Leningradi_Edasi_toimetus, lk 55
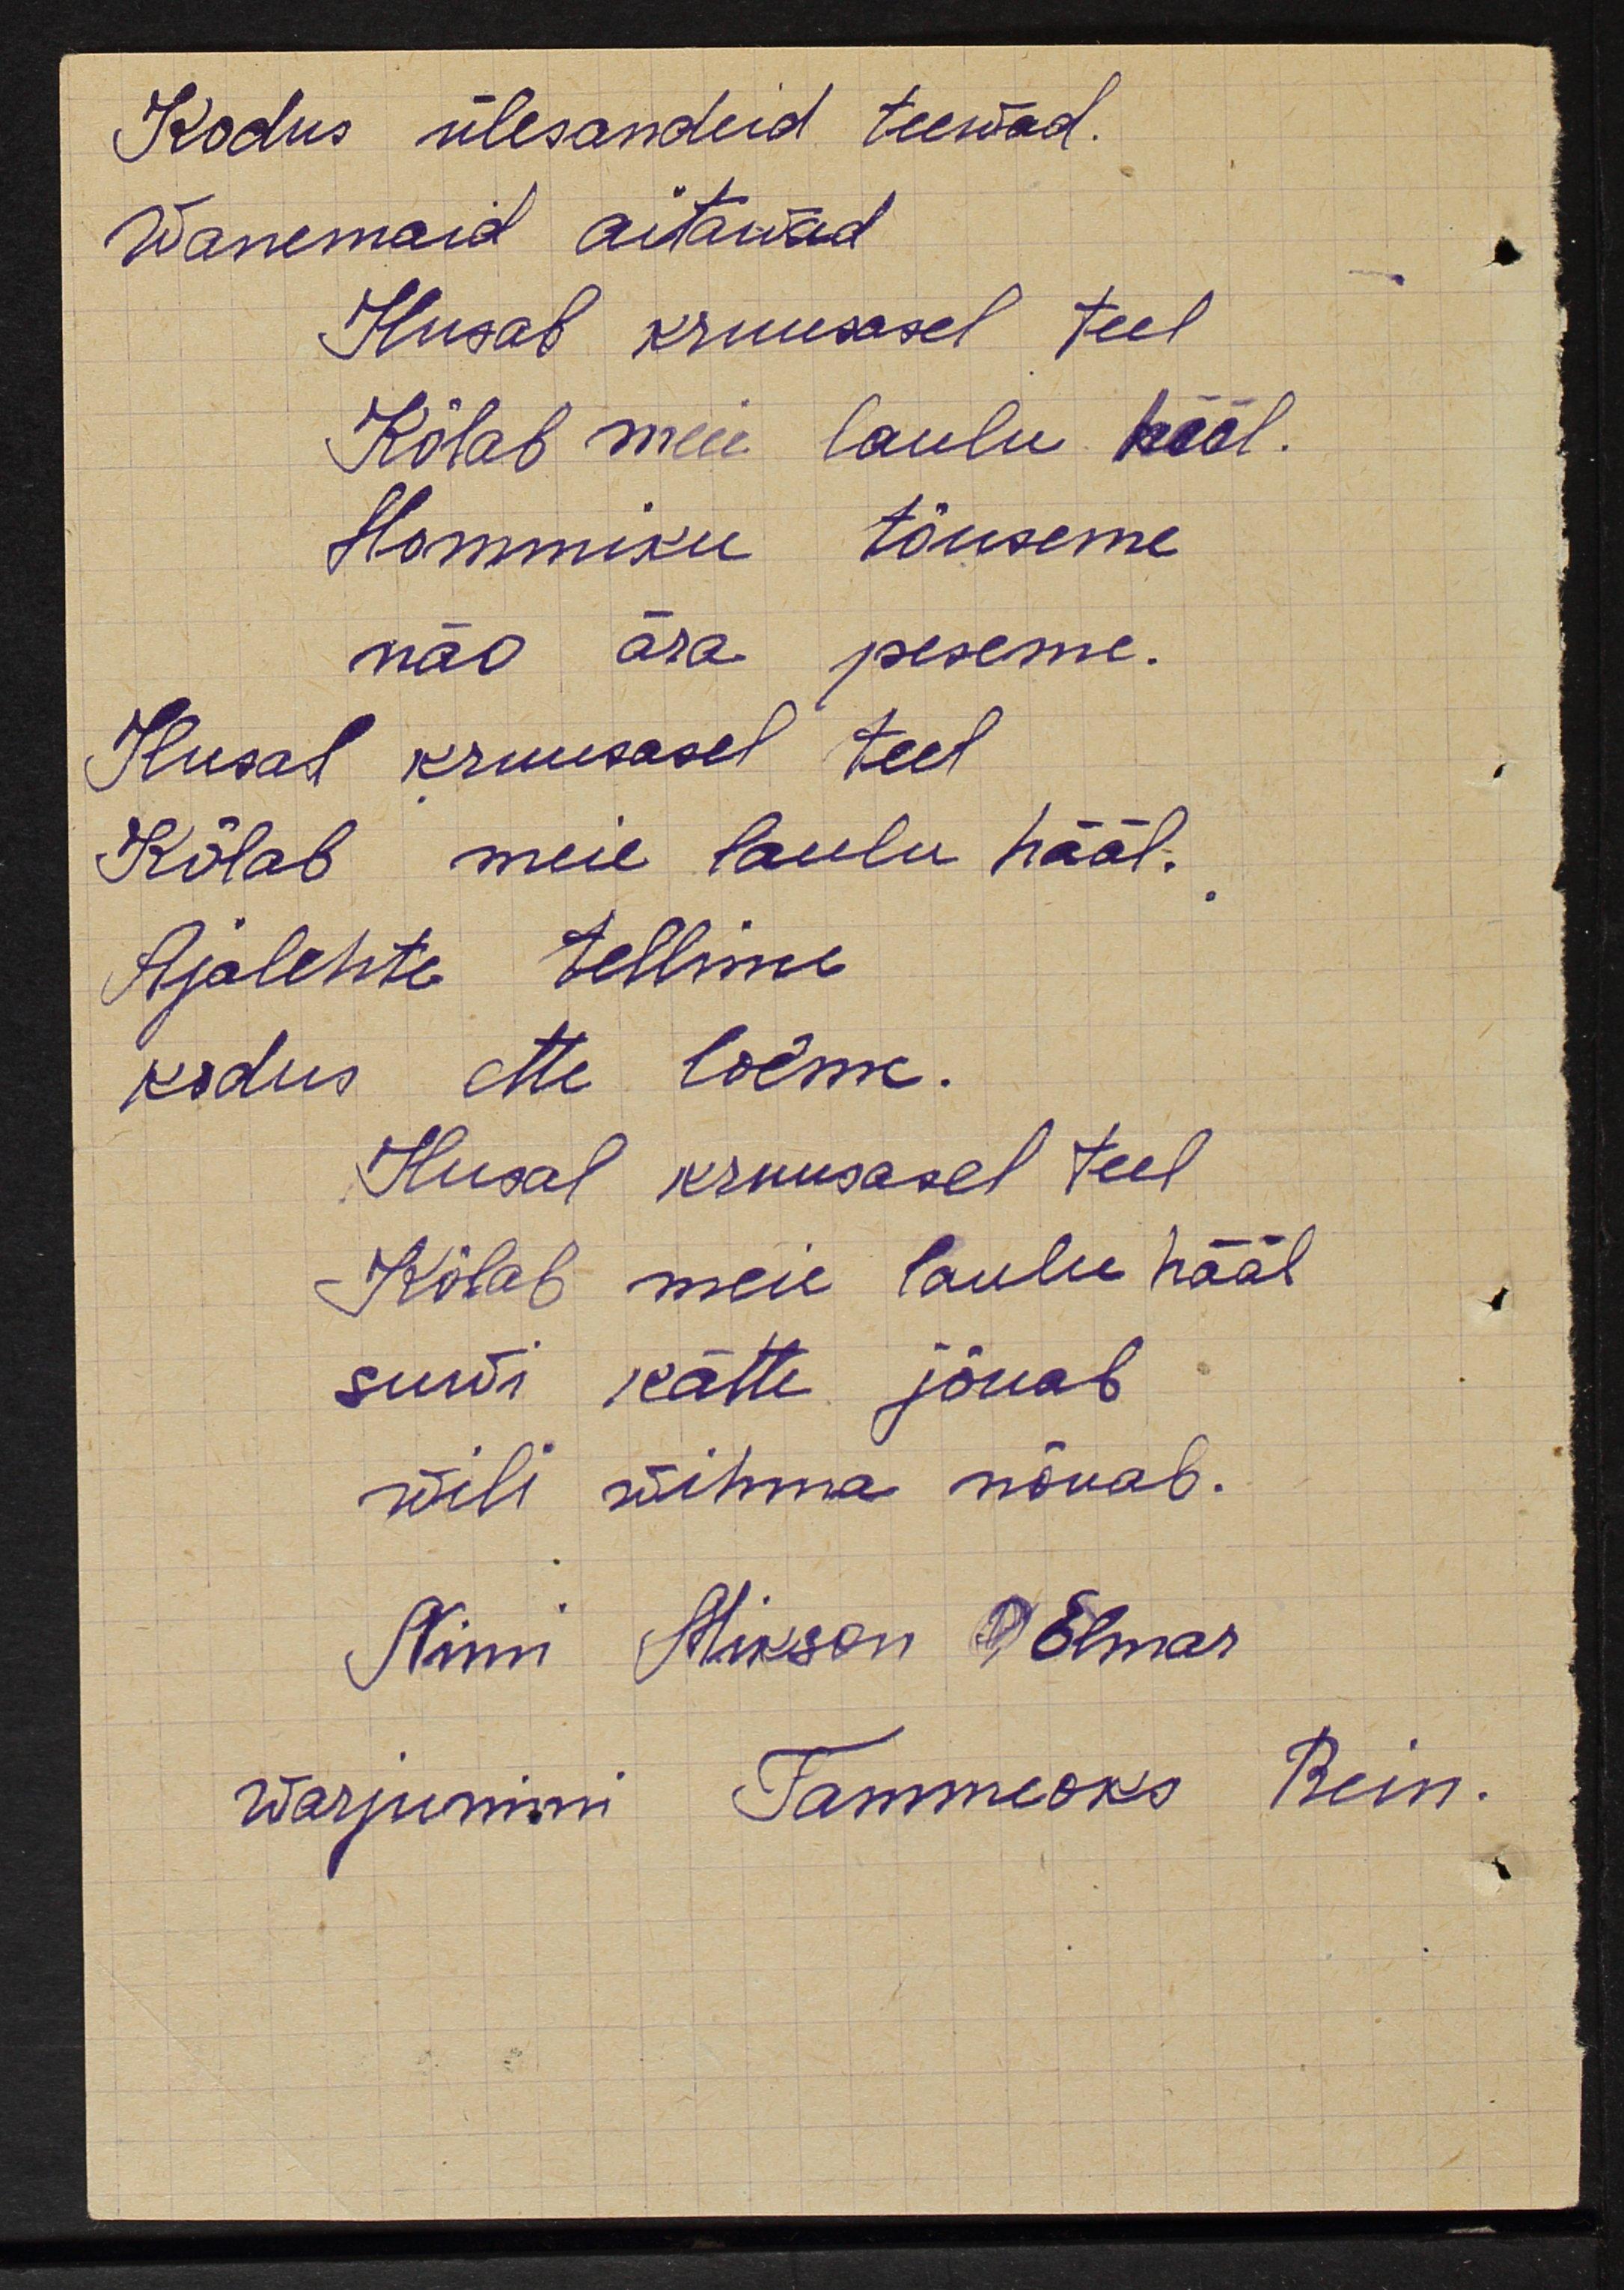
Kodus ülesanded teewad
Wanemad aitawad
Ilusal kruusasel  teel
Kõlab meie laulu hääl
Hommiku  tõuseme
näo ära  peseme
Ilusal kruusasel teel
Kõlab  meie laulu hääl.
Ajalehte tellime
kodus ette loeme.
Ilusal  kruusasel teel
Kõlab meie laulu hääl
suwi  kätte  jõuab
wili wihma nõuab.
Nimi Mikson Elmar
warjunimi Tammeoks